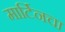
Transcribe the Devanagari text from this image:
मार्टिनचा